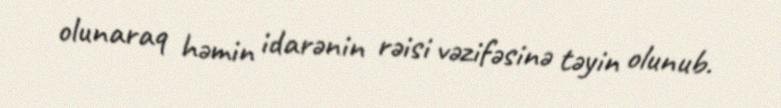
olunaraq həmin idarənin rəisi vəzifəsinə təyin olunub.